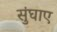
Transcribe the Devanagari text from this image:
सुंघाए